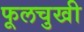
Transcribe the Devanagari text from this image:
फूलचुखी